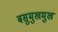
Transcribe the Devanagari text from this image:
बसुमुखमुख